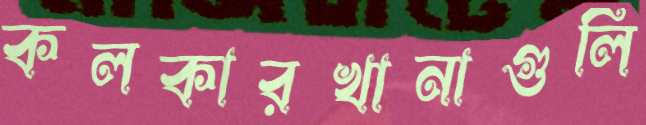
কলকারখানাগুলি